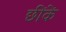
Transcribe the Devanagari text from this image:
छींकें